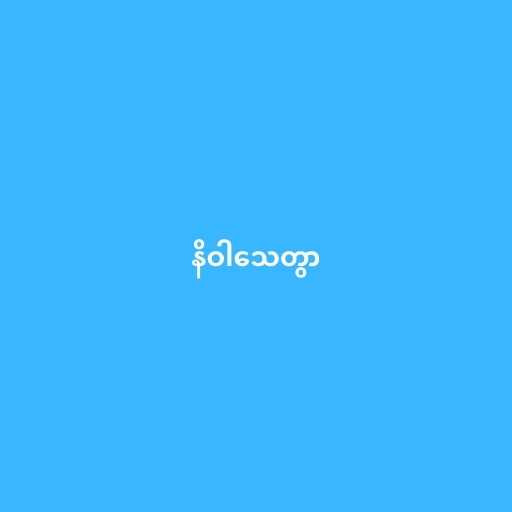
နိဝါသေတွာ